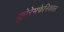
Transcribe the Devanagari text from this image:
क्लोरेमफेनिकाल